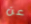
عن